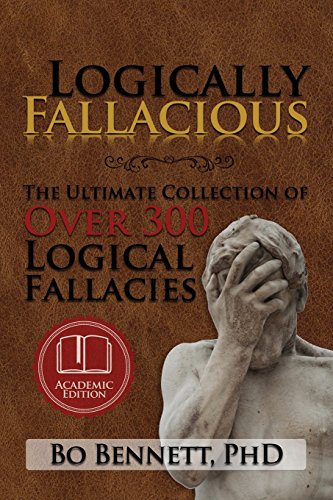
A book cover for Logically Fallacious: The Ultimate Collection of Over 300 Logical Fallacies (Academic Edition); Bo Bennett; Politics & Social Sciences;